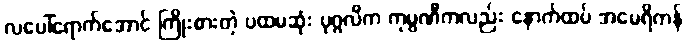
လပေါ်ရောက်အောင် ကြိုးစားတဲ့ ပထမဆုံး ပုဂ္ဂလိက ကုမ္ပဏီကလည်း နောက်ထပ် အမေရိကန်